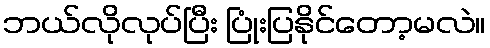
ဘယ်လိုလုပ်ပြီး ပြုံးပြနိုင်တော့မလဲ။